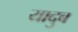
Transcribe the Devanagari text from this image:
यादुब